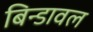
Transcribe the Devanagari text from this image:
बिन्डावल